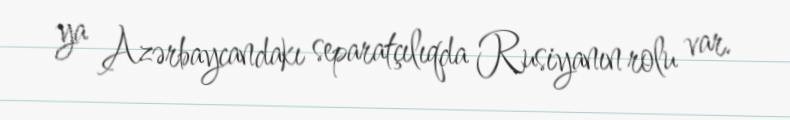
ya Azərbaycandakı separatçılıqda Rusiyanın rolu var.